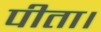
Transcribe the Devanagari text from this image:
पीता।